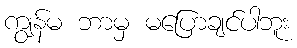
ကျွန်မ ဘာမှ မပြောချင်ပါဘူး